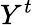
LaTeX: Y^{t}